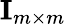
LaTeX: \mathbf{I}_{m\times m}